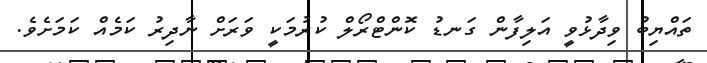
ތައްޔިބު ވިދާޅުވީ އަލިފާން ގަނޑު ކޮންޓްރޯލް ކުރުމަކީ ވަރަށް ނާދިރު ކަމެއް ކަމަށެވެ.